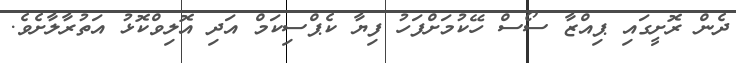
ދެން ރޮށީގައި ޕިއްޒާ ސޯސް ހޭކުމަށްފަހު ފިޔާ ކެޕްސިކަމް އަދި އޮލިވްކޮޅު އަތުރާލާށެވެ.